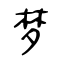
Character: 梦